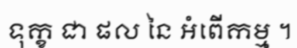
ទុក្ខ ជា ផល នៃ អំពើកម្ម ។